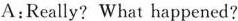
A:Really? What happened?